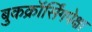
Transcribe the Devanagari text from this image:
बुकक्रॉर्सिंगपेक्षा